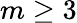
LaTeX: m\ge 3